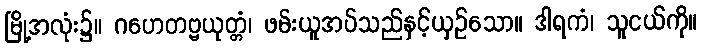
မြို့အလုံး၌။ ဂဟေတဗ္ဗယုတ္တံ၊ ဖမ်းယူအပ်သည်နှင့်ယှဉ်သော။ ဒါရကံ၊ သူငယ်ကို။